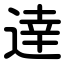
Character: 逹